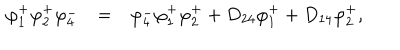
\begin{array} { r c l } { { \varphi _ { 1 } ^ { + } \varphi _ { 2 } ^ { + } \varphi _ { 4 } ^ { - } } } & { { = } } & { { \varphi _ { 4 } ^ { - } \varphi _ { 1 } ^ { + } \varphi _ { 2 } ^ { + } + D _ { 2 4 } \varphi _ { 1 } ^ { + } + D _ { 1 4 } \varphi _ { 2 } ^ { + } , } } \\ \end{array}